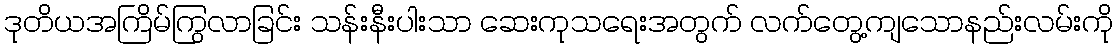
ဒုတိယအကြိမ်ကြွလာခြင်း သန်းနီးပါးသာ ဆေးကုသရေးအတွက် လက်တွေ့ကျသောနည်းလမ်းကို